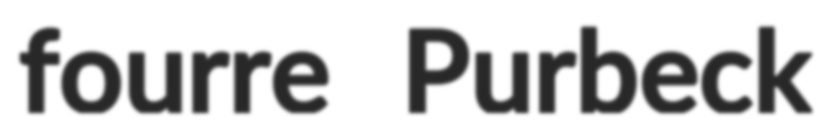
fourre Purbeck